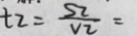
t 2 = \frac { S _ { 2 } } { v _ { 2 } } =